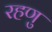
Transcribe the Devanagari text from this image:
रहणु